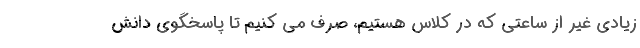
زیادی غیر از ساعتی که در کلاس هستیم، صرف می کنیم تا پاسخگوی دانش